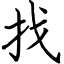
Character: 找